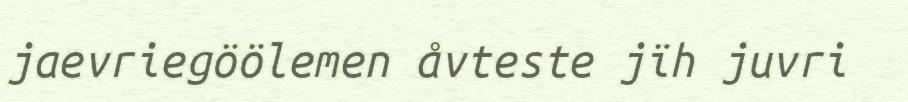
jaevriegöölemen åvteste jïh juvri